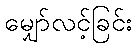
မျှော်လင့်ခြင်း